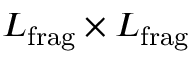
{ L } _ { \mathrm { f r a g } } \times { L } _ { \mathrm { f r a g } }